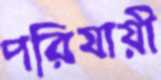
পরিযায়ী